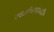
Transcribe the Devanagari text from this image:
एच०डी०एफ०सी०